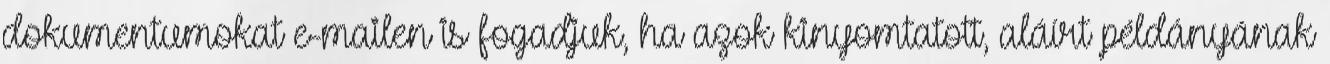
dokumentumokat e-mailen is fogadjuk, ha azok kinyomtatott, aláírt példányának